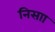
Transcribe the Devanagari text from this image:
निसाा